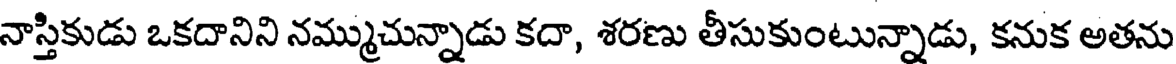
నాస్తికుడు ఒకదానిని నమ్ముచున్నాడు కదా, శరణు తీసుకుంటున్నాడు, కనుక అతను